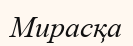
Мирасқа